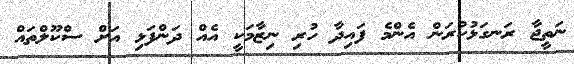
ނަތީޖާ ރަނގަޅުކުރަން އެންމެ ފައިދާ ހުރި ނިޒާމަކީ އެއް ދަންފަޅި އަށް ސްކޫލްތައް